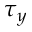
\tau _ { y }